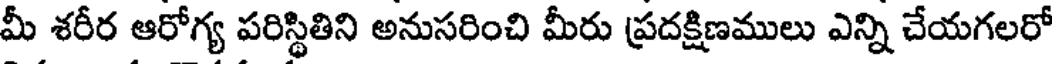
మీ శరీర ఆరోగ్య పరిస్థితిని అనుసరించి మీరు ప్రదక్షిణములు ఎన్ని చేయగలరో